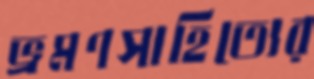
ভ্রমণসাহিত্যের